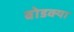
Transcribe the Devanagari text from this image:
बोडक्या